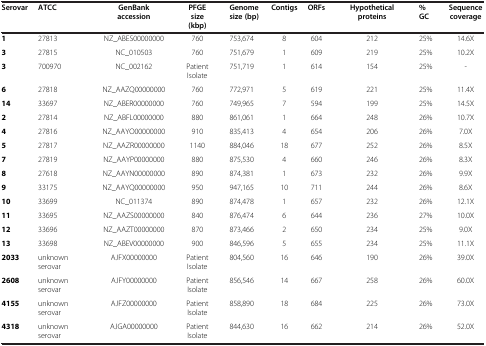
<table><thead><tr><td><b>Serovar</b></td><td><b>ATCC</b></td><td><b>GenBankaccession</b></td><td><b>PFGE size (kbp)</b></td><td><b>Genome size (bp)</b></td><td><b>Contigs</b></td><td><b>ORFs</b></td><td><b>Hypothetical proteins</b></td><td><b>% GC</b></td><td><b>Sequence coverage</b></td></tr></thead><tbody><tr><td><b>1</b></td><td>27813</td><td>NZ_ABES00000000</td><td>760</td><td>753,674</td><td>8</td><td>604</td><td>212</td><td>25%</td><td>14.6X</td></tr><tr><td><b>3</b></td><td>27815</td><td>NC_010503</td><td>760</td><td>751,679</td><td>1</td><td>609</td><td>219</td><td>25%</td><td>10.2X</td></tr><tr><td><b>3</b></td><td>700970</td><td>NC_002162</td><td>Patient Isolate</td><td>751,719</td><td>1</td><td>614</td><td>154</td><td>25%</td><td>-</td></tr><tr><td><b>6</b></td><td>27818</td><td>NZ_AAZQ00000000</td><td>760</td><td>772,971</td><td>5</td><td>619</td><td>221</td><td>25%</td><td>11.4X</td></tr><tr><td><b>14</b></td><td>33697</td><td>NZ_ABER00000000</td><td>760</td><td>749,965</td><td>7</td><td>594</td><td>199</td><td>25%</td><td>14.5X</td></tr><tr><td><b>2</b></td><td>27814</td><td>NZ_ABFL00000000</td><td>880</td><td>861,061</td><td>1</td><td>664</td><td>248</td><td>26%</td><td>10.7X</td></tr><tr><td><b>4</b></td><td>27816</td><td>NZ_AAYO00000000</td><td>910</td><td>835,413</td><td>4</td><td>654</td><td>206</td><td>26%</td><td>7.0X</td></tr><tr><td><b>5</b></td><td>27817</td><td>NZ_AAZR00000000</td><td>1140</td><td>884,046</td><td>18</td><td>677</td><td>252</td><td>26%</td><td>8.5X</td></tr><tr><td><b>7</b></td><td>27819</td><td>NZ_AAYP00000000</td><td>880</td><td>875,530</td><td>4</td><td>660</td><td>246</td><td>26%</td><td>8.3X</td></tr><tr><td><b>8</b></td><td>27618</td><td>NZ_AAYN00000000</td><td>890</td><td>874,381</td><td>1</td><td>673</td><td>232</td><td>26%</td><td>9.9X</td></tr><tr><td><b>9</b></td><td>33175</td><td>NZ_AAYQ00000000</td><td>950</td><td>947,165</td><td>10</td><td>711</td><td>244</td><td>26%</td><td>8.6X</td></tr><tr><td><b>10</b></td><td>33699</td><td>NC_011374</td><td>890</td><td>874,478</td><td>1</td><td>657</td><td>232</td><td>26%</td><td>12.1X</td></tr><tr><td><b>11</b></td><td>33695</td><td>NZ_AAZS00000000</td><td>840</td><td>876,474</td><td>6</td><td>644</td><td>236</td><td>27%</td><td>10.0X</td></tr><tr><td><b>12</b></td><td>33696</td><td>NZ_AAZT00000000</td><td>870</td><td>873,466</td><td>2</td><td>650</td><td>234</td><td>25%</td><td>9.0X</td></tr><tr><td><b>13</b></td><td>33698</td><td>NZ_ABEV00000000</td><td>900</td><td>846,596</td><td>5</td><td>655</td><td>234</td><td>25%</td><td>11.1X</td></tr><tr><td><b>2033</b></td><td>unknown serovar</td><td>AJFX00000000</td><td>Patient Isolate</td><td>804,560</td><td>16</td><td>646</td><td>190</td><td>26%</td><td>39.0X</td></tr><tr><td><b>2608</b></td><td>unknown serovar</td><td>AJFY00000000</td><td>Patient Isolate</td><td>856,546</td><td>14</td><td>667</td><td>258</td><td>26%</td><td>60.0X</td></tr><tr><td><b>4155</b></td><td>unknown serovar</td><td>AJFZ00000000</td><td>Patient Isolate</td><td>858,890</td><td>18</td><td>684</td><td>225</td><td>26%</td><td>73.0X</td></tr><tr><td><b>4318</b></td><td>unknown serovar</td><td>AJGA00000000</td><td>Patient Isolate</td><td>844,630</td><td>16</td><td>662</td><td>214</td><td>26%</td><td>52.0X</td></tr></tbody></table>